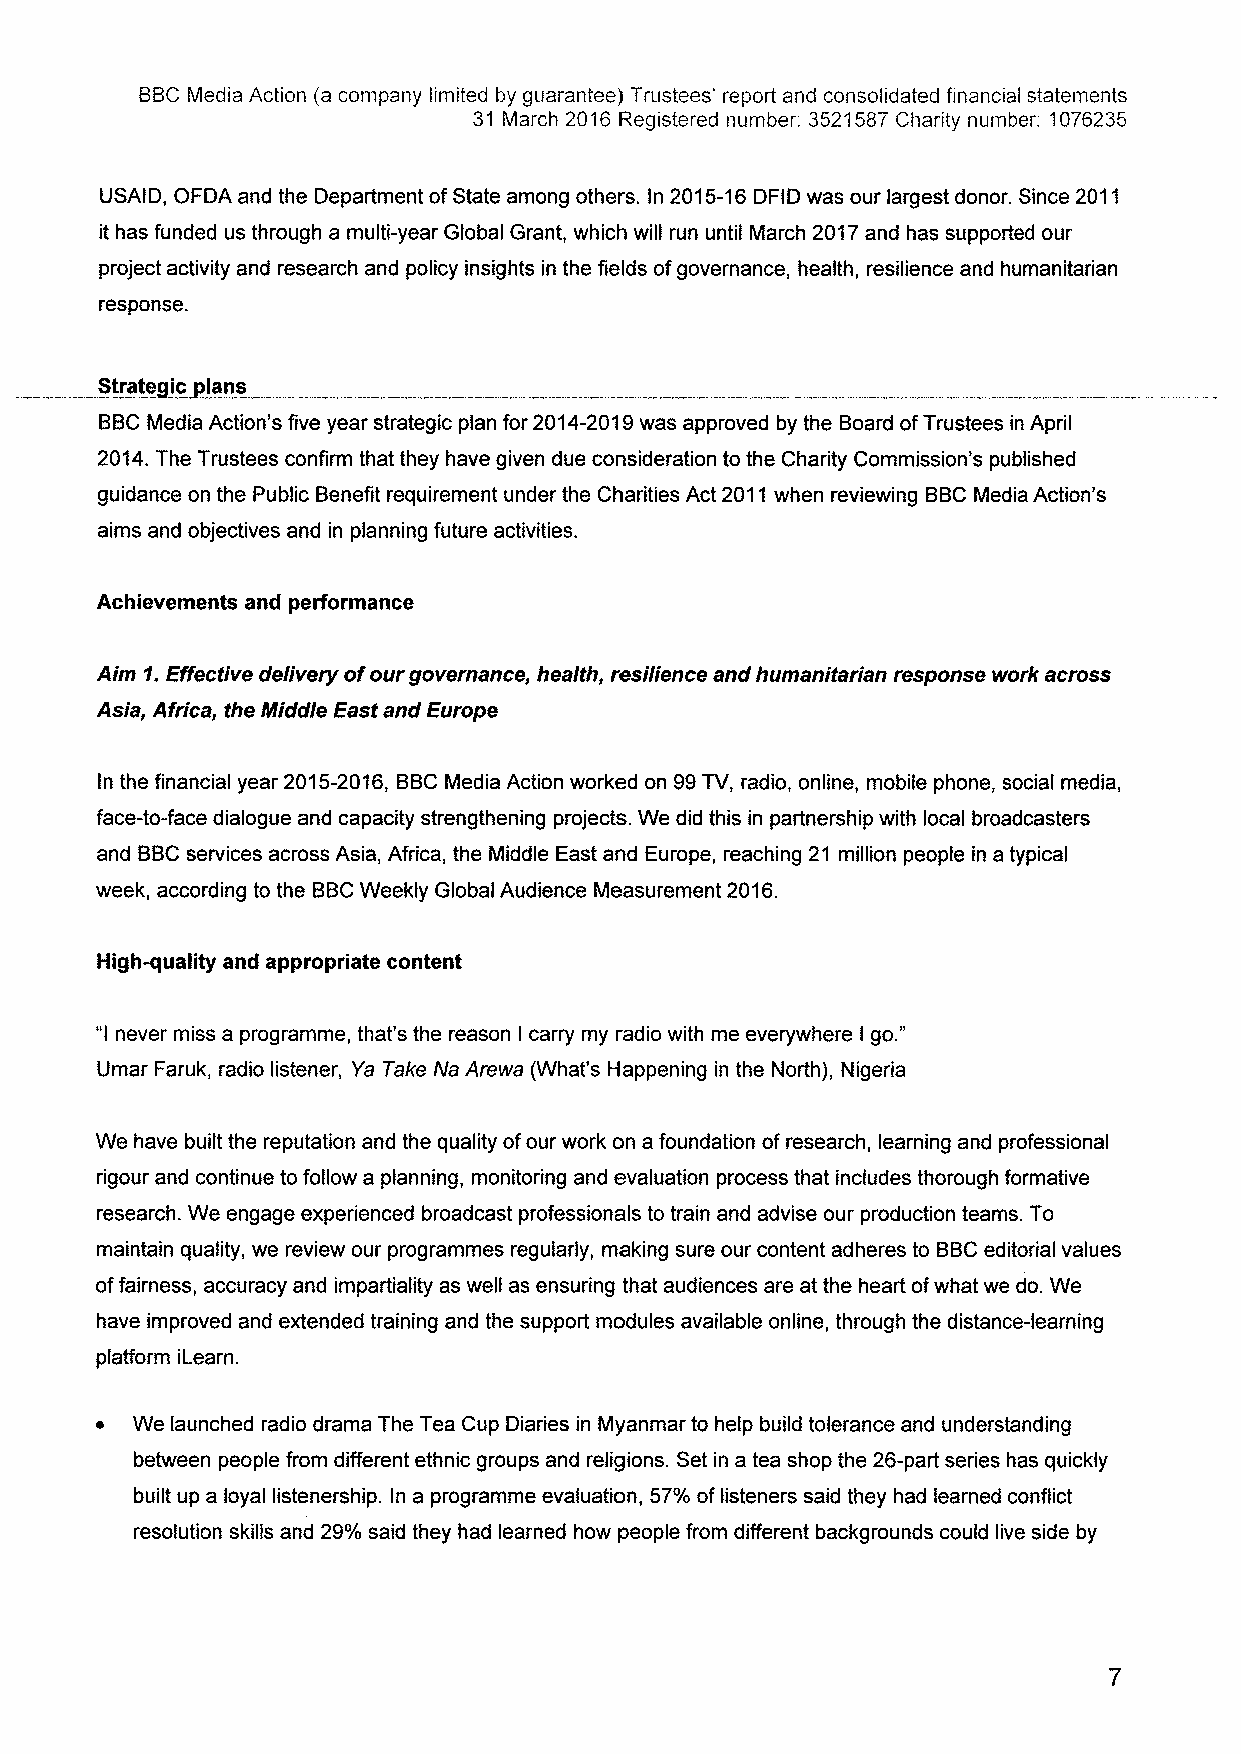
BBCMedia Action (a company limited by guarantee) Trustees' report and consolidated financial statements
 31 March 2016 Registered number: 3521587Charity number: 1076235
 USAID, OFDA and the Department ofState among others. In 2015-16DFID was our largest donor. Since 2011
 it has funded us through a multi-year Global Grant, which will run until March 2017and has supported our
 project activity and research and policy insights in the fields ofgovernance, health, resilience and humanitarian
 response.
 S~trate ic lans
 BBCMedia Action's five year strategic plan for 2014-2019was approved by the Board ofTrustees in April
 2014.The Trustees confirm that they have given due consideration to the Charity Commission's published
 guidance on the Public Benefit requirement under the Charities Act 2011when reviewing BBCMedia Action's
 aims and objectives and in planning future activities.
 Achievements and performance
 Aim 1.Effective delivery ofour governance, health, resilience and humanitarian response work across
 Asia, Africa, the Middle East and Europe
 In the financial year 2015-2016, BBCMedia Action worked on 99TV, radio, online, mobile phone, social media,
 face-to-face dialogue and capacity strengthening projects. We did this in partnership with local broadcasters
 and BBCservices across Asia, Africa, the Middle East and Europe, reaching 21 million people in a typical
 week, according to the BBCWeekly Global Audience Measurement 2016.
 High-quality and appropriate content
 "Inever miss a programme, that's the reason I carry my radio with me everywhere I go."
 Umar Faruk, radio listener, Ya Take Na Arewa (What's Happening in the North), Nigeria
 We have built the reputation and the quality ofour work on a foundation ofresearch, learning and professional
 rigour and continue to follow a planning, monitoring and evaluation process that includes thorough formative
 research. We engage experienced broadcast professionals to train and advise our production teams. To
 maintain quality, we review our programmes regularly, making sure our content adheres to BBCeditorial values
 offairness, accuracy and impartiality as well as ensuring that audiences are at the heart ofwhat we do. We
 have improved and extended training and the support modules available online, through the distance-learning
 platform iLearn.
 ~  We launched radio drama The Tea Cup Diaries in Myanmar to help build tolerance and understanding
 between people from different ethnic groups and religions. Set in a tea shop the 26-part series has quickly
 built up a loyal listenership. In a programme evaluation, 57%of listeners said they had learned conflict
 resolution skills and 29%said they had learned how people from different backgrounds could live side by